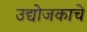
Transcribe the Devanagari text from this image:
उद्योजकाचे